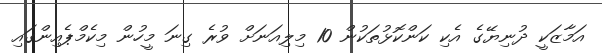
އަމާޒަކީ ދުނިޔޭގެ އެކި ކަންކޮޅުތަކުން 10 މިލިއަނަށް ވުރެ ގިނަ މީހުން މިކެމްޕެއިންގައި